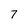
Character: 7